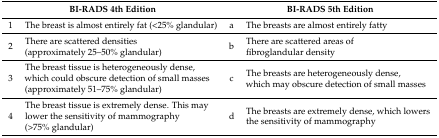
<table><thead><tr><td colspan="2"><b>BI-RADS 4th Edition</b></td><td colspan="2"><b>BI-RADS 5th Edition</b></td></tr></thead><tbody><tr><td>1</td><td>The breast is almost entirely fat (&lt;25% glandular)</td><td>a</td><td>The breasts are almost entirely fatty</td></tr><tr><td>2</td><td>There are scattered densities (approximately 25–50% glandular)</td><td>b</td><td>There are scattered areas of fibroglandular density</td></tr><tr><td>3</td><td>The breast tissue is heterogeneously dense, which could obscure detection of small masses (approximately 51–75% glandular)</td><td>c</td><td>The breasts are heterogeneously dense, which may obscure detection of small masses</td></tr><tr><td>4</td><td>The breast tissue is extremely dense. This may lower the sensitivity of mammography (&gt;75% glandular)</td><td>d</td><td>The breasts are extremely dense, which lowers the sensitivity of mammography</td></tr></tbody></table>